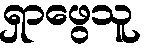
ရှာဖွေသူ